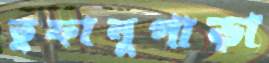
তুফানুপাড়া